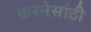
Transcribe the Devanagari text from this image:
करनेसांठी